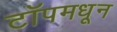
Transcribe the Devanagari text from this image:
टॉपमधून